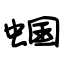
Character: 蝈